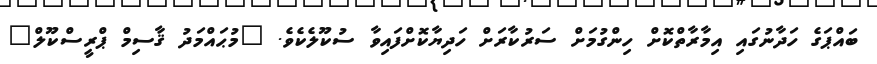
ބައްޕަގެ ހަދާނުގައި އިމާރާތްކޮށް ހިންގުމަށް ސަރުކާރަށް ހަދިޔާކޮށްފައިވާ ސުކޫލެކެވެ. "މުޙައްމަދު ޤާސިމް ޕްރީސްކޫލް"